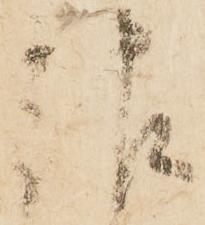
報